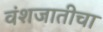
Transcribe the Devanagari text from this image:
वंशजातीचा